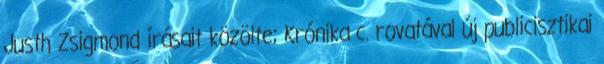
Justh Zsigmond írásait közölte; Krónika c. rovatával új publicisztikai